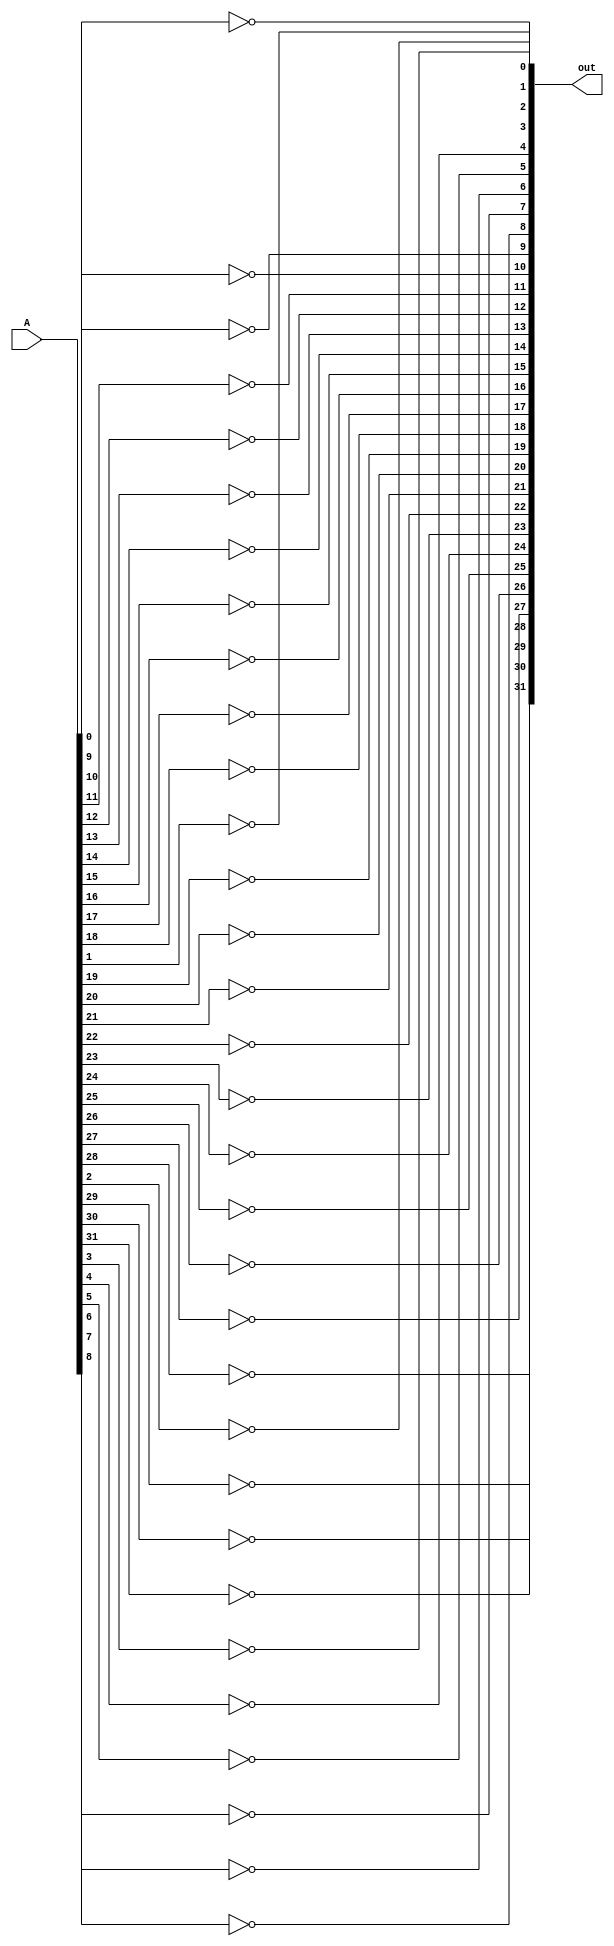
module not_gate(out, A); 
    input [31:0] A; 
    output [31:0] out;

    not NOT0(out[0], A[0]);
    not NOT1(out[1], A[1]);
    not NOT2(out[2], A[2]);
    not NOT3(out[3], A[3]);
    not NOT4(out[4], A[4]);
    not NOT5(out[5], A[5]);
    not NOT6(out[6], A[6]);
    not NOT7(out[7], A[7]);
    not NOT8(out[8], A[8]);
    not NOT9(out[9], A[9]);
    not NOT10(out[10], A[10]);
    not NOT11(out[11], A[11]);
    not NOT12(out[12], A[12]);
    not NOT13(out[13], A[13]);
    not NOT14(out[14], A[14]);
    not NOT15(out[15], A[15]);
    not NOT16(out[16], A[16]);
    not NOT17(out[17], A[17]);
    not NOT18(out[18], A[18]);
    not NOT19(out[19], A[19]);
    not NOT20(out[20], A[20]);
    not NOT21(out[21], A[21]);
    not NOT22(out[22], A[22]);
    not NOT23(out[23], A[23]);
    not NOT24(out[24], A[24]);
    not NOT25(out[25], A[25]);
    not NOT26(out[26], A[26]);
    not NOT27(out[27], A[27]);
    not NOT28(out[28], A[28]);
    not NOT29(out[29], A[29]);
    not NOT30(out[30], A[30]);
    not NOT31(out[31], A[31]);
endmodule